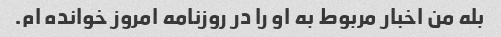
بله من اخبار مربوط به او را در روزنامه امروز خوانده ام.